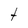
Character: t